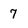
Character: 7